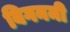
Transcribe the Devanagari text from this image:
बिगनमी